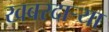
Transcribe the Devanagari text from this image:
खबरदार्‍या